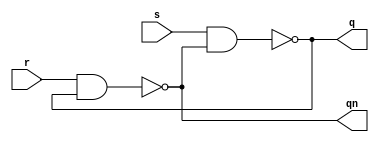
module rs_latch_nand_structural(r,s,q,qn);
  input r,s;
  output q,qn;

  // compuerta(out,inp,inp)
  nand nand1 (q,s,qn);
  nand nand2 (qn,r,q);

endmodule